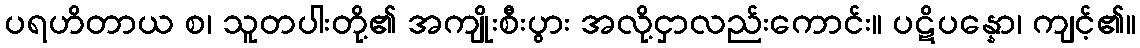
ပရဟိတာယ စ၊ သူတပါးတို့၏ အကျိုးစီးပွား အလို့ငှာလည်းကောင်း။ ပဋိပန္နော၊ ကျင့်၏။